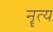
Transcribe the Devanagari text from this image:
नॄत्य